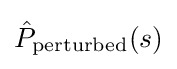
{\hat {P}}_{\text{perturbed}}(s)